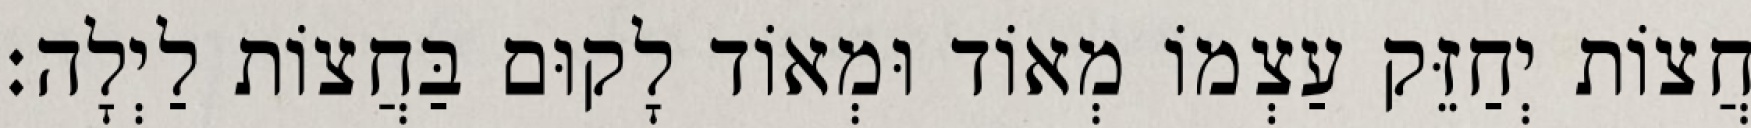
חֲצוֹת יְחַזֵּק עַצְמוֹ מְאוֹד וּמְאוֹד לָקוּם בַּחֲצוֹת לַיְלָה: